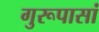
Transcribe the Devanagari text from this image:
गुरूपासां